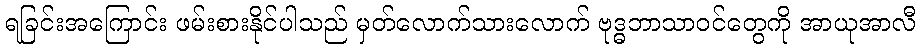
ရခြင်းအကြောင်း ဖမ်းစားနိုင်ပါသည် မှတ်လောက်သားလောက် ဗုဒ္ဓဘာသာဝင်တွေကို အာယုအာလီ